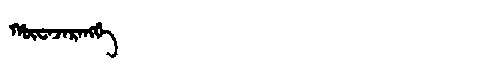
Manchu: ᡥᡡᠸᠠᠵᠠᡵᠠᠩᡤᡝ
Romanization: HŪWAJARANGGE